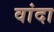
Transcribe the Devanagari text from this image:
वांदा